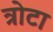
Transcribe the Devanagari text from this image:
त्रोटा